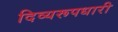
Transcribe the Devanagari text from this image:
दिव्यरूपधारी